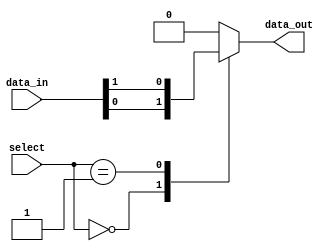
module multiplexer_512to1 (
    input [511:0] data_in,
    input [8:0] select,
    output reg data_out
);

always @(*) begin
    case(select)
        9'd0: data_out = data_in[0];
        9'd1: data_out = data_in[1];
        // Continue this pattern for all 512 input signals
        default: data_out = 0; // Default case if select is out of range
    endcase
end

endmodule